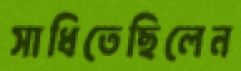
সাধিতেছিলেন